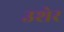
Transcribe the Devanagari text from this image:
उशेर